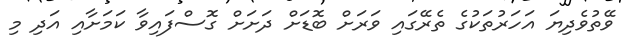
ވޭތުވެދިޔަ އަހަރުތަކުގެ ތެރޭގައި ވަރަށް ބޮޑަށް ދަށަށް ގޮސްފައިވާ ކަމަށާއި އަދި މި